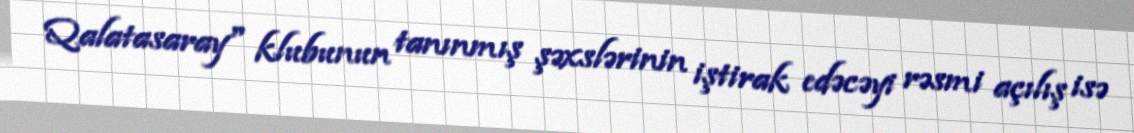
Qalatasaray" klubunun tanınmış şəxslərinin iştirak edəcəyi rəsmi açılış isə